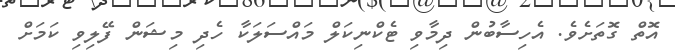
އޮތް ގޮތަށެވެ. އެހިސާބުން ދިމާވި ޓެކްނިކަލް މައްސަލަކާ ހެދި މިޝަން ފޭލިވި ކަމަށް